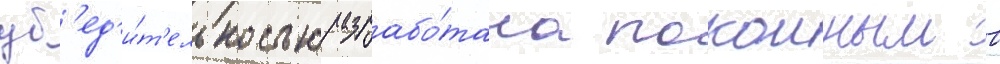
уб'ед'и́т'ельностью разрабо́тана покоиным в